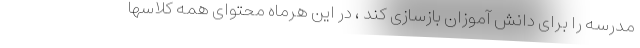
مدرسه را برای دانش آموزان بازسازی کند ، در این هرماه محتوای همه کلاسها